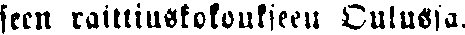
seen raittiuskokoukseen Oulussa,